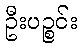
ဦးပဉ္စင်း